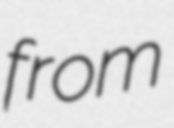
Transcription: from